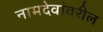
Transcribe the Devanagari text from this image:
नामदेवांवरील